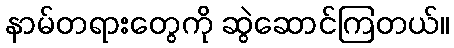
နာမ်တရားတွေကို ဆွဲဆောင်ကြတယ်။